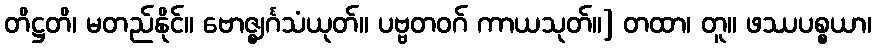
တိဋ္ဌတိ၊ မတည်နိုင်။ ဗောဇ္ဈင်္ဂသံယုတ်။ ပဗ္ဗတဝဂ် ကာယသုတ်။] တထာ၊ တူ။ ဖဿပစ္စယာ၊